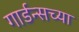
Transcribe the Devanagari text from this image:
गार्डन्सच्या